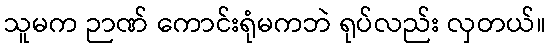
သူမက ဉာဏ် ကောင်းရုံမကဘဲ ရုပ်လည်း လှတယ်။